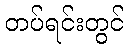
တပ်ရင်းတွင်